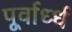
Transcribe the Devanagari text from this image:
पूर्वार्ध्ध